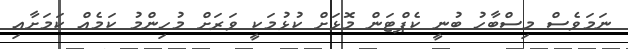
ނަމަވެސް މިސްބާހު ބުނީ ކެޕްޓަން މޮޅަށް ކުޅުމަކީ ވަރަށް މުހިންމު ކަމެއް ކަމަށާއި